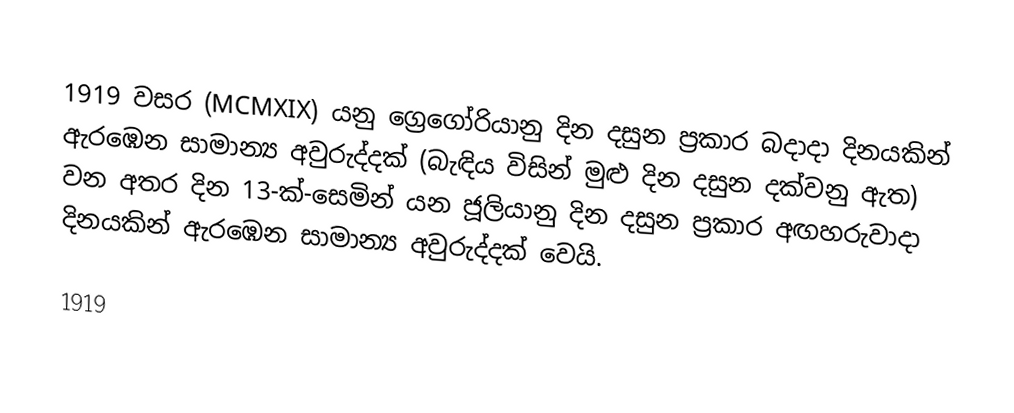

1919 වසර (MCMXIX) යනු ග්‍රෙගෝරියානු දින දසුන ප්‍රකාර බදාදා දිනයකින් ඇරඹෙන සාමාන්‍ය අවුරුද්දක් (බැඳිය විසින් මුළු දින දසුන දක්වනු ඇත)  වන අතර දින 13-ක්-සෙමින් යන ජූලියානු දින දසුන ප්‍රකාර  අඟහරුවාදා දිනයකින් ඇරඹෙන සාමාන්‍ය අවුරුද්දක් වෙයි.

1919